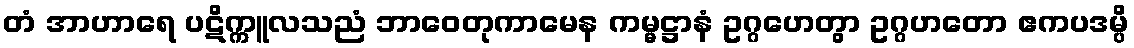
တံ အာဟာရေ ပဋိက္ကူလသညံ ဘာဝေတုကာမေန ကမ္မဋ္ဌာနံ ဥဂ္ဂဟေတွာ ဥဂ္ဂဟတော ဧကပဒမ္ပိ